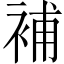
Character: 補